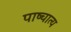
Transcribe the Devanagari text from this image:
पाष्चात्य